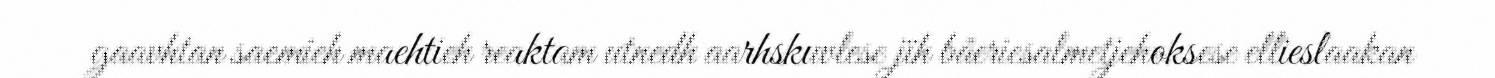
gaavhtan saemieh maehtieh reaktam utnedh aarhskuvlese jïh båeriesalmetjehoksese ellieslaakan